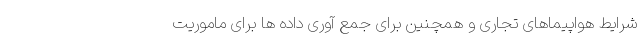
شرایط هواپیماهای تجاری و همچنین برای جمع آوری داده ها برای ماموریت